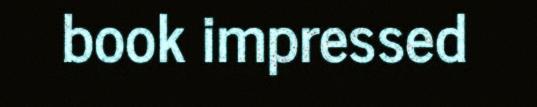
book impressed